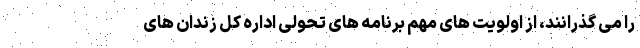
را می گذرانند، از اولویت های مهم برنامه های تحولی اداره کل زندان های